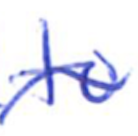
Text: to
Cross-out: wave
Writing tool: ballpoint